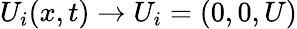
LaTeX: U_{i}(x,t)\rightarrow U_{i}=(0,0,U)